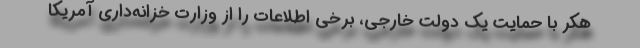
هکر با حمایت یک دولت خارجی، برخی اطلاعات را از وزارت خزانه‌داری آمریکا